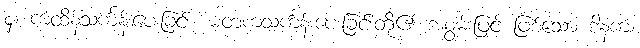
၄။ ကထိန်သင်္ကန်းပေးခြင်း၊ မတကသင်္ကန်းပေးခြင်းတို့၏ အစွမ်းဖြင့် ဖြစ်သော ဒါနကံ၊